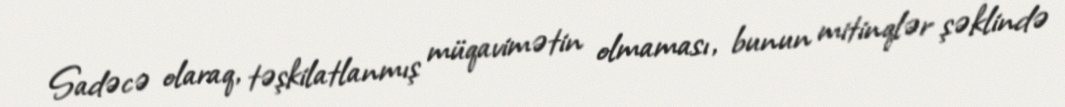
Sadəcə olaraq, təşkilatlanmış müqavimətin olmaması, bunun mitinqlər şəklində